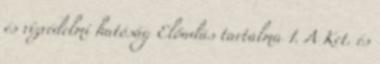
és vízvédelmi hatóság Előadás tartalma 1. A Ket. és